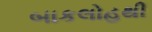
બાકલોહથી